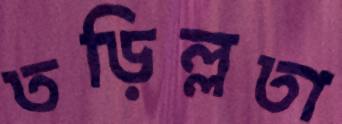
তড়িল্লতা